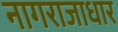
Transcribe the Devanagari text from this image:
नागराजाधार